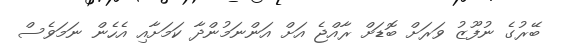
ބޭރުގެ ނުފޫޒު ވަރަށް ބޮޑަށް ރާއްޖެ އަށް އަންނަމުންދާ ކަމަށާއި އެހެން ނަމަވެސް